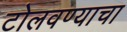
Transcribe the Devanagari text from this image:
टोलवण्याचा